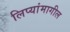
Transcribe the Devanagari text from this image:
लिप्यांमागील